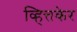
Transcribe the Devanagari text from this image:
व्हित्तकेर